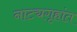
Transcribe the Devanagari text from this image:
नाट्यगृहांत